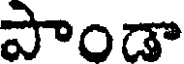
పాండా